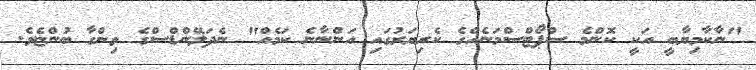
"ނާކާމިޔާބީ އަކީ ކޮންމެ ސްޕޯޓްސްމަނެއްގެ ކެރިޔަރުގައި އަންނާނެ ކަމެއް" ނެދަލޭންޑްސްގެ ވިންގާ ބުންޏެވެ.